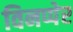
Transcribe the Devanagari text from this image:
विनप्पेर